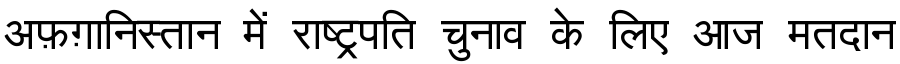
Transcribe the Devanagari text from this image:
अफ़ग़ानिस्तान में राष्ट्रपति चुनाव के लिए आज मतदान